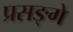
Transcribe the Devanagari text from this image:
प्रसङ्गे